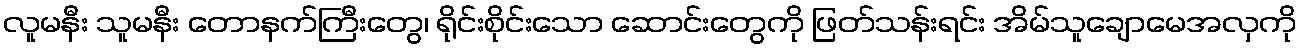
လူမနီး သူမနီး တောနက်ကြီးတွေ၊ ရိုင်းစိုင်းသော ဆောင်းတွေကို ဖြတ်သန်းရင်း အိမ်သူချောမေအလှကို